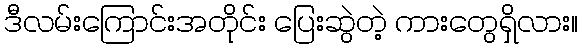
ဒီလမ်းကြောင်းအတိုင်း ပြေးဆွဲတဲ့ ကားတွေရှိလား။